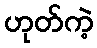
ဟုတ်ကဲ့